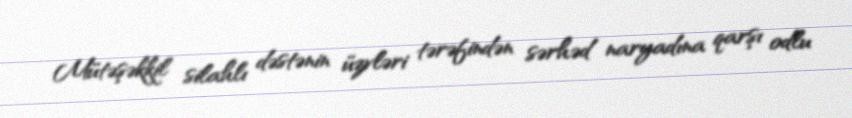
Mütəşəkkil silahlı dəstənin üzvləri tərəfindən sərhəd naryadına qarşı odlu